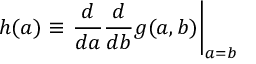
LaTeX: h ( a ) \equiv \left. { \frac { d } { d a } } { \frac { d } { d b } } g ( a , b ) \right| _ { a = b }